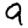
Digit: 9